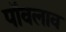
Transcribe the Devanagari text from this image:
पॉवलाव